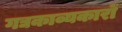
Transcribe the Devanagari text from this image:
गद्यकाव्यकारों